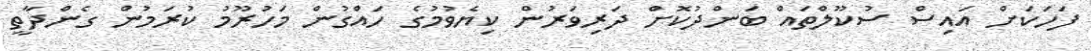
ފަހަކަށް އައިސް ސުކޫލްތައް ބަންދުކޮށް ދަރިވަރުން ކިޔެވުމުގެ ހައްގުން މަހުރޫމު ކުރަމުން ގެންދާތީ